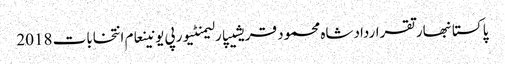
پاکستانبھارتقراردادشاہ محمود قریشیپارلیمنٹیورپی یونینعام انتخابات 2018